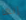
إنها